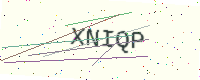
Text: XNIQP